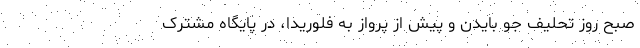
صبح روز تحلیف جو بایدن و پیش از پرواز به فلوریدا، در پایگاه مشترک